Leaving Certificate Examination, 1918
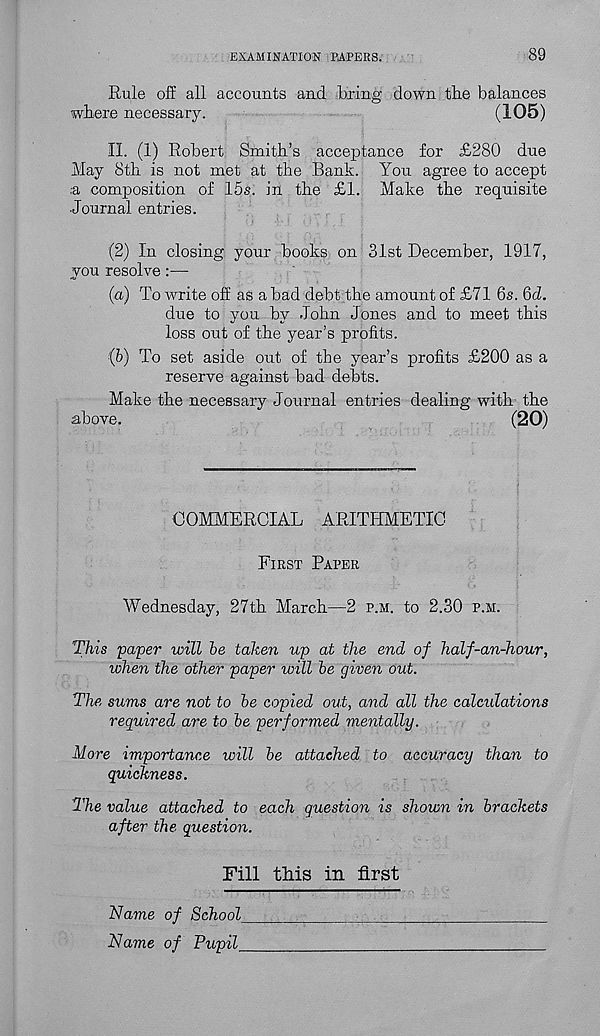
EXAMINATION PAPERS.
89
Rule off all accounts and bring down the balances
where necessary.
(105)
II. (1) Robert Smith’s acceptance for £280 due
May 8th is not met at the Bank. You agree to accept
.a composition of 15s. in the £1. Make the requisite
Journal entries.
(2) In closing your books on 31st December, 1917,
you resolve:—
(a) To write off as a bad debt the amount of £71 6s. 6d.
due to you by John Jones and to meet this
loss out of the year’s profits.
(b) To set aside out of the year’s profits £200 as a
reserve against bad debts.
Make the necessary Journal entries dealing with the
above.
(20)
COMMERCIAL ARITHMETIC
First Paper
Wednesday, 27th March—2 p.m. to 2.30 p.m.
This paper will be taken up at the end of half-an-hour,
when the other paper will be given out.
The sums are not to be copied out, and all the calculations
required are to be performed mentally.
More importance will be attached to accuracy than to
quickness.
The value attached to each question is shown in brackets
after the question.
Fill this in first
Name of School
Name of Pupil